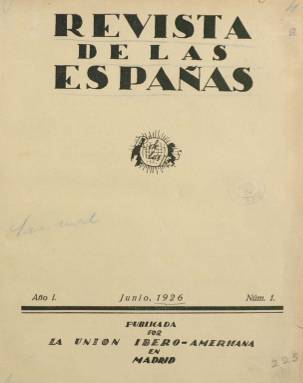
Título: Revista de las Españas
Colección: Cultura
Ámbito geográfico: Madrid
Lugar de publicación: Barcelona
Fechas: 01/06/1926-31/03/1936

Aparece su primera entrega en junio de 1926, indicando “segunda época”, al ser continuación de la publicación Unión Ibero-Americana, que desde 1887 hasta febrero de ese año 1926 había sido órgano de la sociedad americanista de ese mismo nombre, que también forma parte de la colección de la Biblioteca Nacional de España. Aún continuando esta revista como órgano de dicha asociación, tomará una cariz más moderno y cultural, al quedar estructurada en secciones con noticias e información de actualidad literaria tanto española como hispanoamericana, además de artículos histórico-teóricos sobre el americanismo hispano y otros de muy diversa índole, y ser autores de los mismos personalidades, entre otros, de alta talla intelectual y académica en España e Iberoamérica.

Estos cambios tanto en el título como en el diseño de esta nueva revista coinciden con la fusión, en 1926, entre la Unión Ibero-Americana, que venía siendo la asociación americanista más prestigiosa, presidida desde 1920 por el marqués de Figueroa, Luis Armada y Losada (1861-1932), y la Asociación Hispano-Americana, dirigida por el duque de Alba, Jacobo Fitz-James Stuart Falcó (1902-1953), que asumirá su presidencia hasta 1932. Junto al duque, otras personalidades integrarán sus órganos directivos, como Antonio Goicoechea, José Casares Gil (1866-1961), Ramón Menéndez Pidal (1869-1968), Rafael Altamira (1866-1951), Fernando Álvarez Sotomayor (1875-1960), Américo Castro (1885-1972), Eugenio d’Ors (1881-1954), Ramiro Maeztu (1875-1936), Tomás Navarro Tomás (1884-1979), Francisco Rodríguez Marín (1855-1943), Nicolás María Urgoiti, Mariano Conrado Villalba, Carlos Rodríguez San Pedro, Gustavo Pittaluga o el diplomático José Antonio de Sangróniz, que será su secretario general. El secretario de redacción de la revista, es Lorenzo Luzuriaga (1889-1959), y su comisión directiva la integrarán los citados Casares, Castro, Maeztu o D’Ors, así como José María Salaverría (1873-1940), entre otros. Entre sus redactores estuvo Andrés Pando.

Aunque Osuna (1986) la cataloga como una “revista menor” comparada con las de gran renombre de los movimientos literarios de la época y no representar una “influencia visible en la cultura española”, añade que gozará, sin embargo, de una “sanísima vida”, al estar subvencionada por el Estado, a través de la Junta de Relaciones Culturales. La asociación jugó un papel destacado en la celebración de la Exposición Iberoamericana de Sevilla de 1929 y desarrolló actividades culturales, como cursos de conferencias, además de llegar a formar una Biblioteca Hispanoamericana con más de doce mil volúmenes.

La sección fija Revista literaria (después, Revista literaria ibérica) estaba a cargo de Ernesto Giménez Caballero (1899-1988); de la Revista literaria americana se encargaron Guillermo de Torre (1900-1971) y Benjamín Jarnés (1988-1949). Miguel Pérez Ferrero (1905-1978) llevará a cabo Revista bibliográfica, y otras secciones fueron las de Información política y social, cultural y económica, referidas a España e Hispanoamérica, con noticias sobre actualidad cultural, artística o política. Serán publicados también artículos eruditos y divulgativos y sobre el pensamiento americanista y dio cuenta también de las actividades de la Unión Ibero-Americana. Es también una revista ilustrada, con fotografías dentro y fuera de texto. Insertó publicidad comercial y publicó sumarios e índices generales anuales. Sus páginas están compuestas a dos y tres columnas.

Entre sus colaboradores, algunos de forma ocasional, estuvieron, además de los ya citados, como Altamira, Castro o Menéndez Pidal, Salvador de Madariaga (1886-1978), Concha Espina (1869-1955), Antonio Espina (1894-1972), Niceto Alcalá Zamora (1877-1949), Manuel Abril (1884-1943), Dámaso Alonso (1898-1990), Luis Araquistain (1886-1959), Gabriela Mistral (1989-1956), Ramón Pérez de Ayala (1880-1962), Camilo Barcia Treyes (1888-1977), Pedro Sáinz Rodríguez (1897-1986), Luis Santullano (1879-1952), Venancio Carro (1894-1972), Pedro González Blanco (1879-1961), Ramón Gómez de la Serna (1888-1963), Mario Méndez Bejarano (1857-1931), Blas Cabrera, Ramón Basterra o Eduardo García del Real. Tanto Américo Castro, Menéndez Pidal como Blas Cabrera formaban parte también de la Junta de Relaciones Exteriores del Ministerio de Estado. Y con la llegada del periodo republicano, la asociación que sustentaba la revista y que había mantenido un espíritu conservador y monárquico, sufrirá una crisis personalizada en el enfrentamiento por alcanzar su presidencia entre el conservador Antonio Goicoechea y el mexicano Rodolfo Reyes.

La periodicidad de la revista fue entre mensual, bimensual y trimensual, como la última entrega, correspondiente a enero-marzo de 1936 (números 101-103). En 1933 no había aparecido ningún número. Casi todos se estamparon en la imprenta madrileña de Ernesto Giménez, padre de Giménez Caballero. Tras el comienzo de la guerra civil, Revista de las Españas reaparecerá en Barcelona en febrero de 1937. En los presupuestos republicanos de ese año aún se le consignaba una subvención de 40.000 pesetas a la asociación, cuya junta directiva estaba presidida ahora por Enrique Díez Canedo e integrada por José María Ots, León Felipe, Tomás Navarro Tomás, María Zambrano y Gabriel Maroto (Osuna: 1986). Esta revista barcelonesa quedó en manos de Corpus Barga, y en la misma publicarán César Vallejo, Pablo Neruda o Machado. La Unión Íbero-Americana fue una institución considerada como antecedente de lo que décadas después será el Instituto de Cultura Hispánica, cuyos bienes, en 1941, pasaron al Consejo de la Hispanidad, del Ministerio de Asuntos Exteriores. Estos dos títulos no deben confundirse con el de la revista literaria del exilio Las Españas (1946-1956), editada en México.

Referencias bibliográficas para este título, la Unión Ibero-Americana y el hispanismo son las de Vélez Jiménez (1990 y 2007), Amate Blanco (1987), Sepúlveda Muñoz (1991), Mejías Alonso (1998), Mainer (2008) y Del Pozo Redondo (2012), que da cuenta del proyecto de digitalización de las revistas americanistas españolas editadas entre 1880 y 1936 por parte de la Biblioteca de la Universidad Internacional de Andalucía (UNIA).